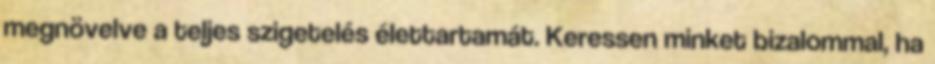
megnövelve a teljes szigetelés élettartamát. Keressen minket bizalommal, ha